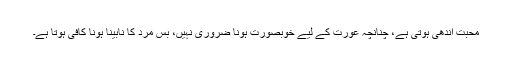
محبت اندھی ہوتی ہے، چنانچہ عورت کے لیے خوبصورت ہونا ضروری نہیں، بس مرد کا نابینا ہونا کافی ہوتا ہے۔